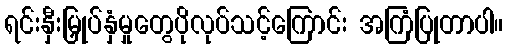
ရင်းနှီးမြှုပ်နှံမှုတွေပိုလုပ်သင့်ကြောင်း အကြံပြုတာပါ။